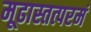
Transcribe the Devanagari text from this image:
मूढास्तत्परमं